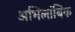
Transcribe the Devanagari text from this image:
अभिलांबिक